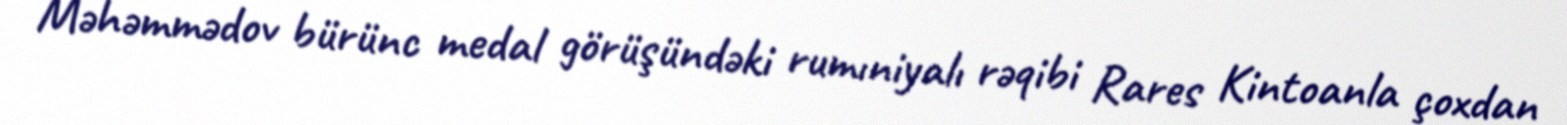
Məhəmmədov bürünc medal görüşündəki rumıniyalı rəqibi Rares Kintoanla çoxdan